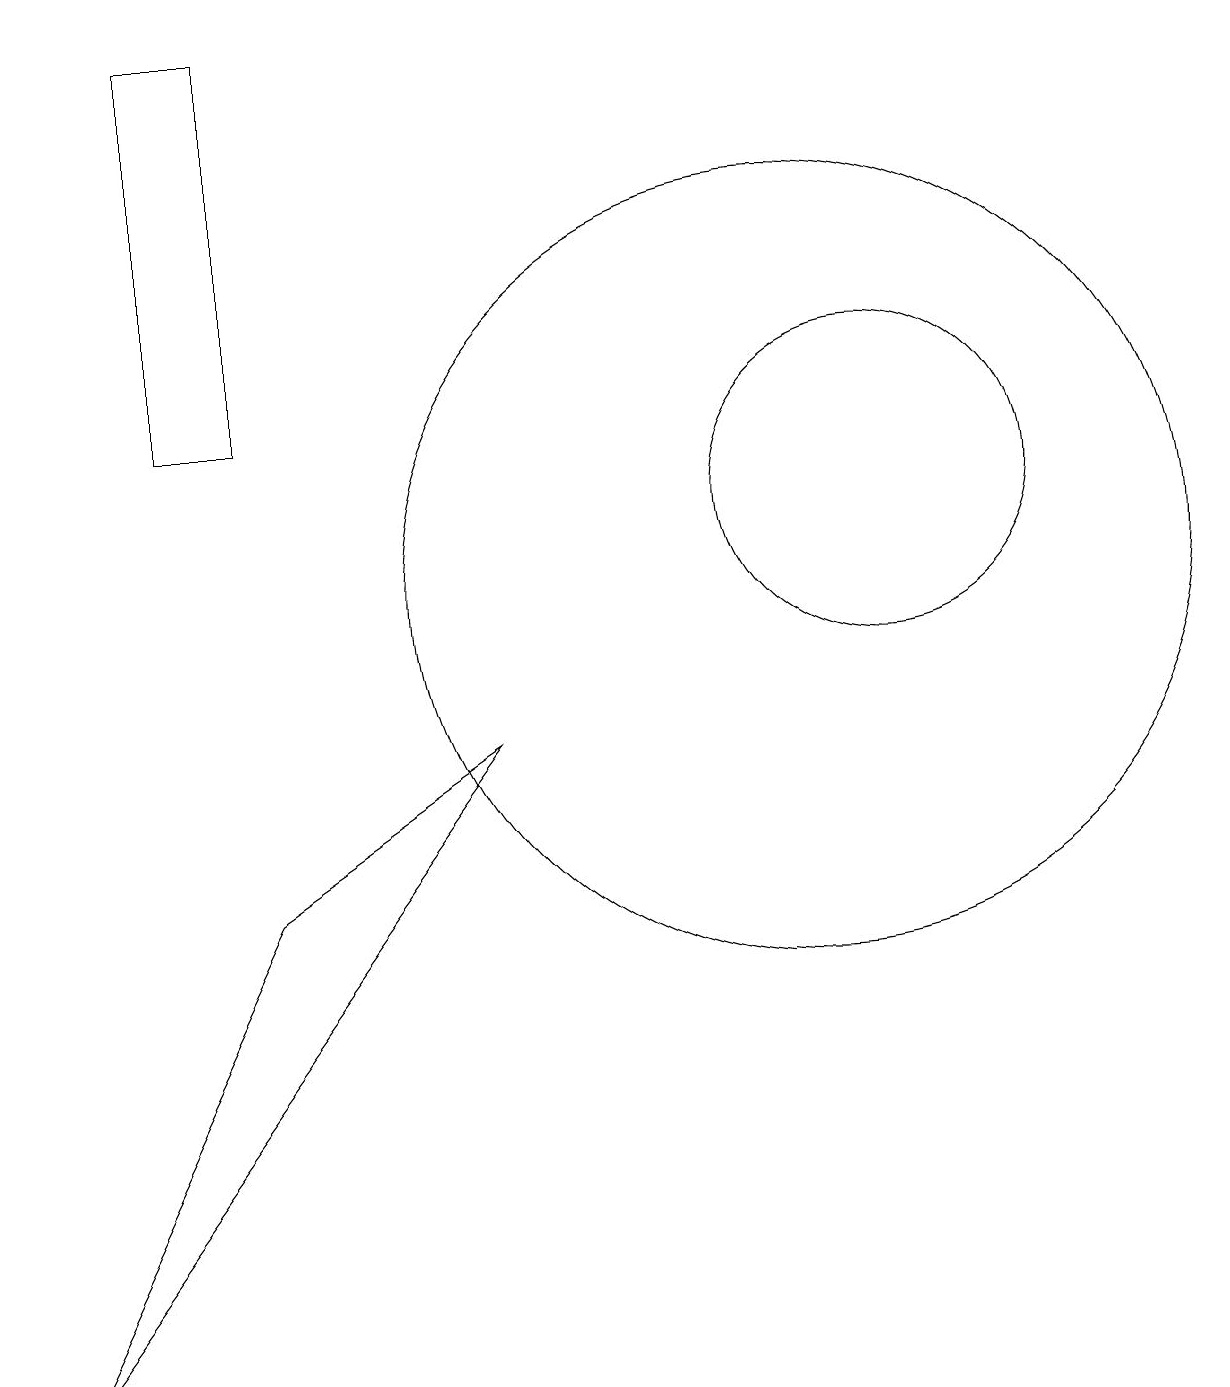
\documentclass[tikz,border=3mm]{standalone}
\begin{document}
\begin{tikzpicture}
\draw (6,8) -- (3,6) -- (0,0) -- cycle;
\draw (3,12) rectangle (2,17);
\draw (11,11) circle (2);
\draw (10,10) circle (5);
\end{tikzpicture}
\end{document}